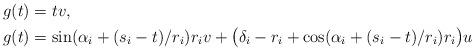
LaTeX: \begin{align*}g(t) & = tv , \\g(t) & = \sin (\alpha_i + (s_i-t)/r_i ) r_i v + \big (\delta_i-r_i+\cos ( \alpha_i + (s_i - t)/r_i ) r_i \big ) u\end{align*}